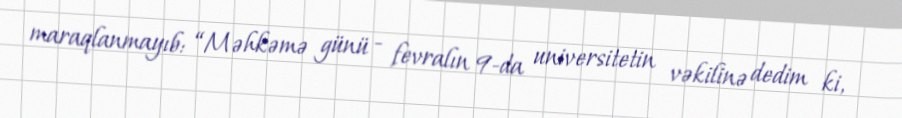
maraqlanmayıb: “Məhkəmə günü - fevralın 9-da universitetin vəkilinə dedim ki,